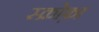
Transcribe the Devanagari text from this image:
स्क्रोफ़ा